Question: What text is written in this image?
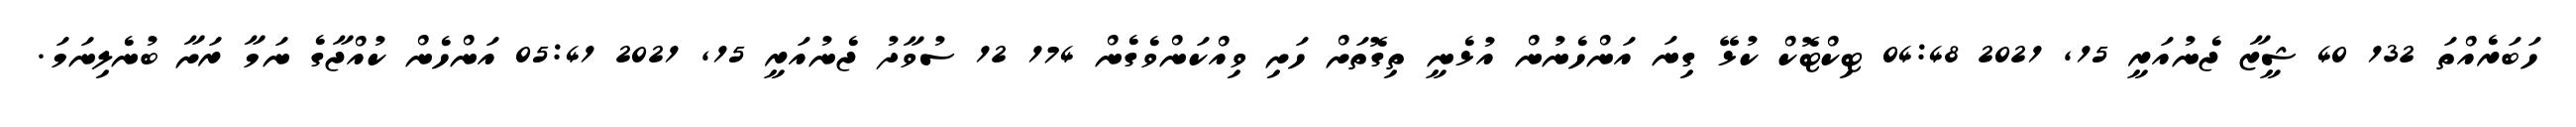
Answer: ހަބަރެއްތަ 132 40 ޝީޒާ ޖެނުއަރީ 15, 2021 04:48 ޓިކްޓޮކް ކުޅޭ ގިނަ އަންހެނުން އުޅެނީ ތިގޮތަށް ހަށި ވިއްކަންވެގެން 174 12 ސުވާދު ޖެނުއަރީ 15, 2021 05:41 އަންހެން ކުއްޖާގެ ނަމާ ރަށާ ބުނެލިނަމަ.